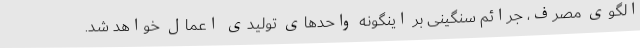
الگوی مصرف، جرائم سنگینی بر اینگونه واحدهای تولیدی اعمال خواهد شد.